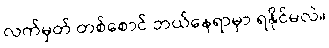
လက်မှတ် တစ်စောင် ဘယ်နေရာမှာ ရနိုင်မလဲ။